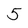
Character: 5